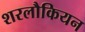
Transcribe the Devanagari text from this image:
शरलौकियन